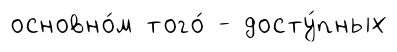
основно́м того́ - досту́пных